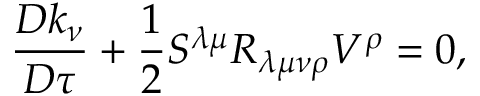
{ \frac { D k _ { \nu } } { D \tau } } + { \frac { 1 } { 2 } } S ^ { \lambda \mu } R _ { \lambda \mu \nu \rho } V ^ { \rho } = 0 ,